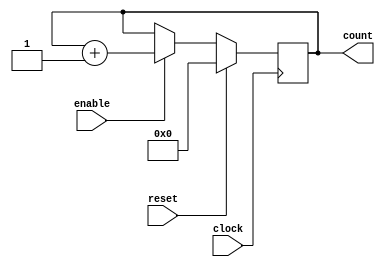

`timescale 1ns / 100ps

module counter_4 (
  clock, 
  enable, 
  reset, 
  count
 );
 
 parameter BIT_SZ = 4; 
 input clock; 
 input enable; 
 input reset; 
 output [BIT_SZ-1:0] count; 
 
 reg[BIT_SZ-1:0] count; 
 
 initial count = 0; 
 
 always @ (posedge clock)
	if (reset==1'b1)
		count <= 0; 
	else if(enable==1'b1)
		count <= count + 1'b1; 
endmodule